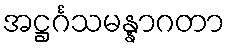
အဋ္ဌင်္ဂသမန္နာဂတာ